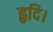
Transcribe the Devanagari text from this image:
हृदि।